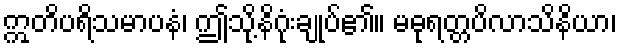
ဣတိပရိသမာပနံ၊ ဤသို့နိဂုံးချုပ်၏။ မဓုရတ္တပိလာသိနိယာ၊